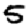
Digit: 5